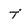
Character: T